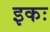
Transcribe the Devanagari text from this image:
इकः